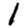
Digit: 1